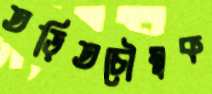
তড়িতচৌম্বক